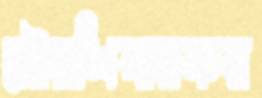
সৌরশিখারকর